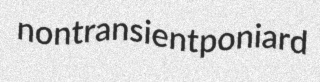
nontransient poniard